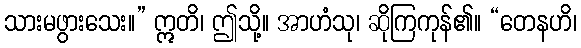
သားမဖွားသေး။” ဣတိ၊ ဤသို့။ အာဟံသု၊ ဆိုကြကုန်၏။ “တေနဟိ၊